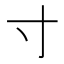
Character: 寸